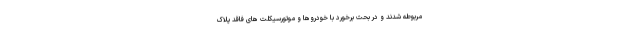
مربوطه شدند و در بحث برخورد با خودروها و موتورسیکلت های فاقد پلاک